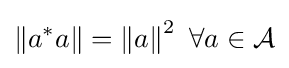
\left\|a^{*}a\right\|=\left\|a\right\|^{2}\ \forall a\in {\mathcal {A}}